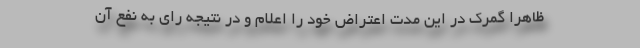
ظاهرا گمرک در این مدت اعتراض خود را اعلام و در نتیجه رای به نفع آن